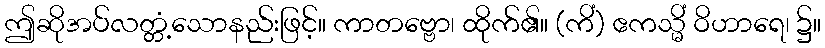
ဤဆိုအပ်လတ္တံ့သောနည်းဖြင့်။ ကာတဗ္ဗော၊ ထိုက်၏။ (ကိံ) ဧကသ္မိံ ဝိဟာရေ၊ ၌။